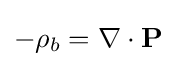
-\rho _{b}=\nabla \cdot \mathbf {P}